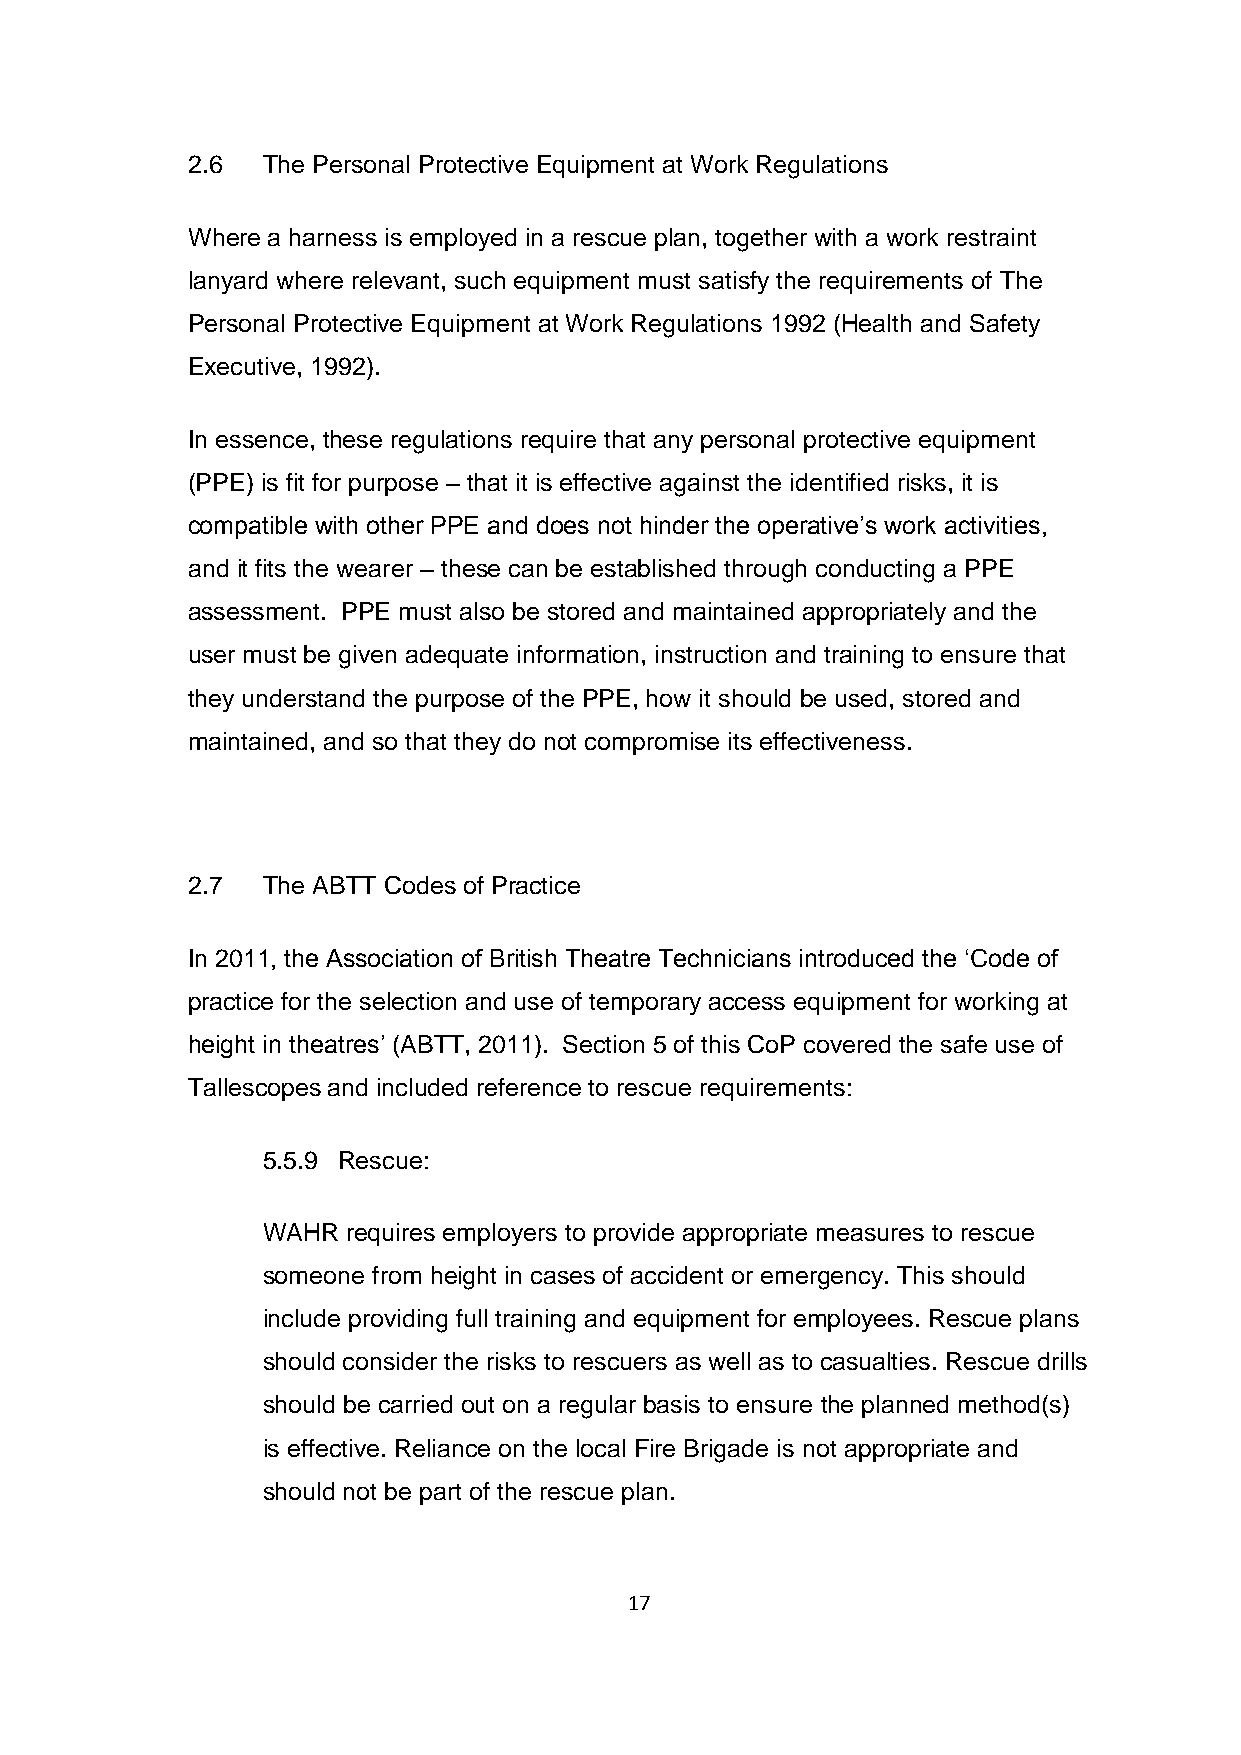
2.6  The Personal Protective Equipment at Work Regulations
 Where a harness is employed in a rescue plan, together with a work restraint
 lanyard where relevant, such equipment must satisfy the requirements of The
 Personal Protective Equipment at Work Regulations 1992 (Health and Safety
 Executive, 1992).
 In essence, these regulations require that any personal protective equipment
 (PPE) is fit for purpose – that it is effective against the identified risks, it is
 compatible with other PPE and does not hinder the operative’s work activities,
 and it fits the wearer – these can be established through conducting a PPE
 assessment. PPE must also be stored and maintained appropriately and the
 user must be given adequate information, instruction and training to ensure that
 they understand the purpose of the PPE, how it should be used, stored and
 maintained, and so that they do not compromise its effectiveness.
 2.7  The ABTT Codes of Practice
 In 2011, the Association of British Theatre Technicians introduced the ‘Code of
 practice for the selection and use of temporary access equipment for working at
 height in theatres’ (ABTT, 2011). Section 5 of this CoP covered the safe use of
 Tallescopes and included reference to rescue requirements:
 5.5.9 Rescue:
 WAHR  requires employers to provide appropriate measures to rescue
 someone from height in cases of accident or emergency. This should
 include providing full training and equipment for employees. Rescue plans
 should consider the risks to rescuers as well as to casualties. Rescue drills
 should be carried out on a regular basis to ensure the planned method(s)
 is effective. Reliance on the local Fire Brigade is not appropriate and
 should not be part of the rescue plan.
 17